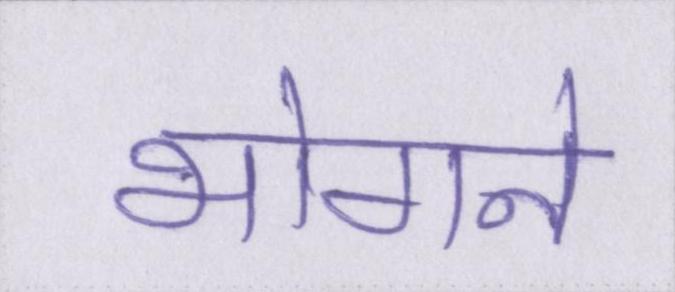
भोगने